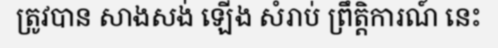
ត្រូវបាន សាងសង់ ឡើង សំរាប់ ព្រឹត្តិការណ៍ នេះ